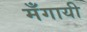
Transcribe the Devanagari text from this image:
मँगायी